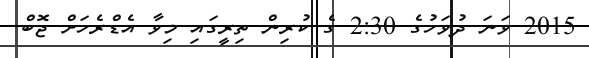
2015 ވަނަ ދުވަހުގެ 2:30 ގެ ކުރިން ތިރީގައި މިވާ އެޑްރެހަށް ޖޮބް